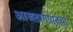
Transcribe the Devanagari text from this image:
आजतागायतचा